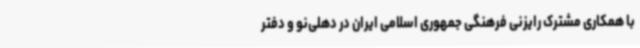
با همکاری مشترک رایزنی فرهنگی جمهوری اسلامی ایران در دهلی‌نو و دفتر